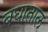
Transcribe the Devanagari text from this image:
बघाताल